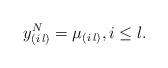
LaTeX: \begin{align*} y_{(i\,l)}^N=\mu_{(i\,l)}, i\leq l.\end{align*}